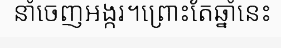
នាំចេញអង្ករ។ព្រោះតែឆ្នាំនេះ